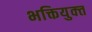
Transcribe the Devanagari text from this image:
भक्तियुक्‍त